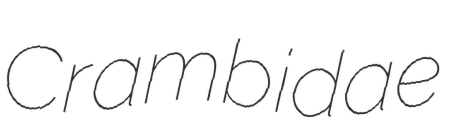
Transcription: Crambidae